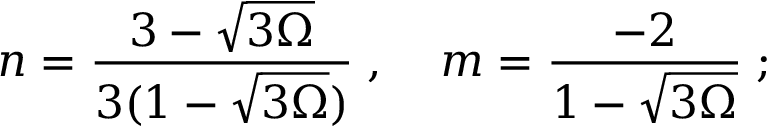
n = \frac { 3 - \sqrt { 3 \Omega } } { 3 ( 1 - \sqrt { 3 \Omega } ) } \; , \; \; \; \; m = \frac { - 2 } { 1 - \sqrt { 3 \Omega } } \; ;